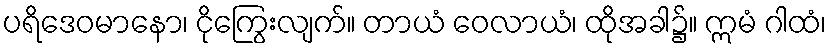
ပရိဒေဝမာနော၊ ငိုကြွေးလျက်။ တာယံ ဝေလာယံ၊ ထိုအခါ၌။ ဣမံ ဂါထံ၊